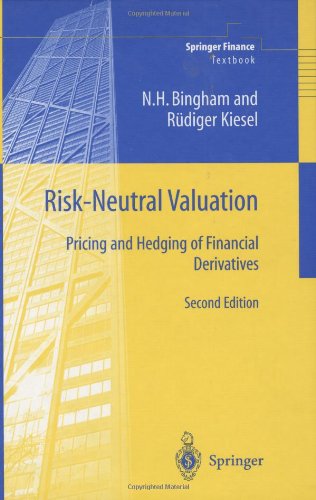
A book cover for Risk-Neutral Valuation: Pricing and Hedging of Financial Derivatives, 2nd Ed.; Nicholas H. Bingham; Business & Money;